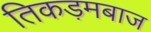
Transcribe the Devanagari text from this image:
तिकड़मबाज